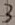
Text: 3